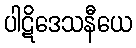
ပါဋိဒေသနီယေ